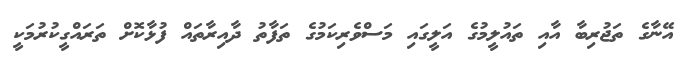
އޭނާގެ ތަޖުރިބާ އާއި ތައުލީމުގެ އަލީގައި މަސްވެރިކަމުގެ ތަފާތު ދާއިރާތައް ފުޅާކޮށް ތަރައްގީކުރުމަކީ